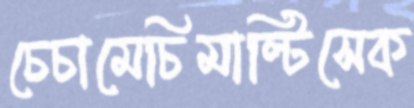
চেচামেচিমাল্টিসেক